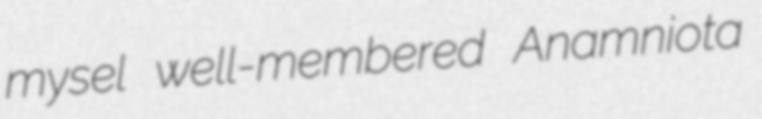
mysel well-membered Anamniota